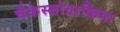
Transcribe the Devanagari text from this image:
चैकेस्लोवाकिया